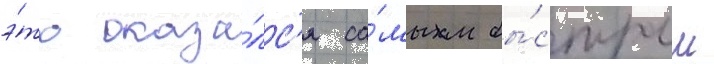
э́то оказа́лс'я са́мым бы́стрым